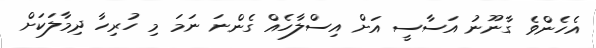
އެހެންވެ ގާނޫނު އަސާސީ އަށް އިސްލާހެއް ގެންނަ ނަމަ މި ހުރިހާ ދިމާލަކަށް